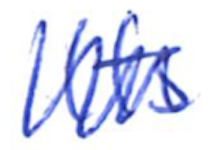
Text: Its
Cross-out: mix
Writing tool: ballpoint